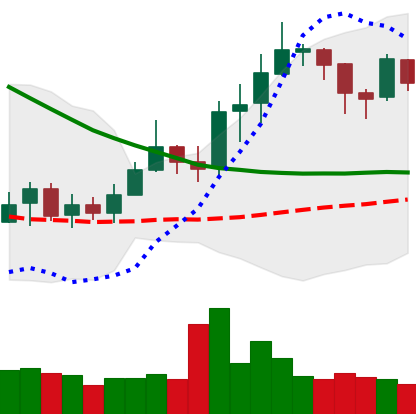
Ticker: ETC-USD
Chart end date: 2019-03-28
Forward return: 14.441%
Label: up_7plus